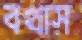
বখাস